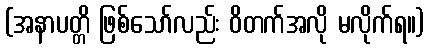
(အနာပတ္တိ ဖြစ်သော်လည်း ဝိတက်အလို မလိုက်ရ။)